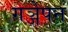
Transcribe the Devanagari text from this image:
गञ्जेपन